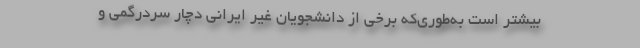
بیشتر است به‌طوری‌که برخی از دانشجویان غیر ایرانی دچار سردرگمی و